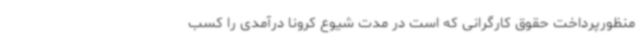
منظورپرداخت حقوق کارگرانی که است در مدت شیوع کرونا درآمدی را کسب